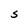
Character: S